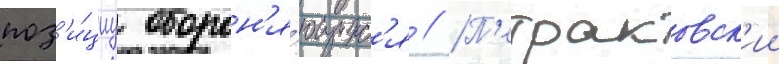
поз'и́циу оборон'я́ющихс'я // П'етраковск'ии